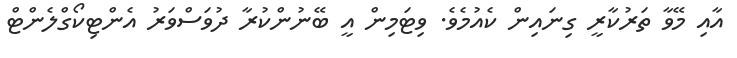
އާއި މޭވާ ތަރުކާރީ ގިނައިން ކެއުމެވެ. ވިޓަމިން އީ ބޭނުންކުރާ ދުވަސްވަރު އެންޓިކޯގްލެންޓް